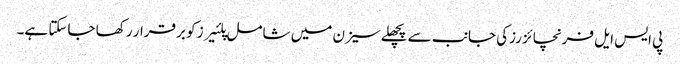
پی ایس ایل فرنچائز رزکی جانب سے پچھلے سیزن میں شامل پلئیرز کو برقرار رکھا جاسکتا ہے۔